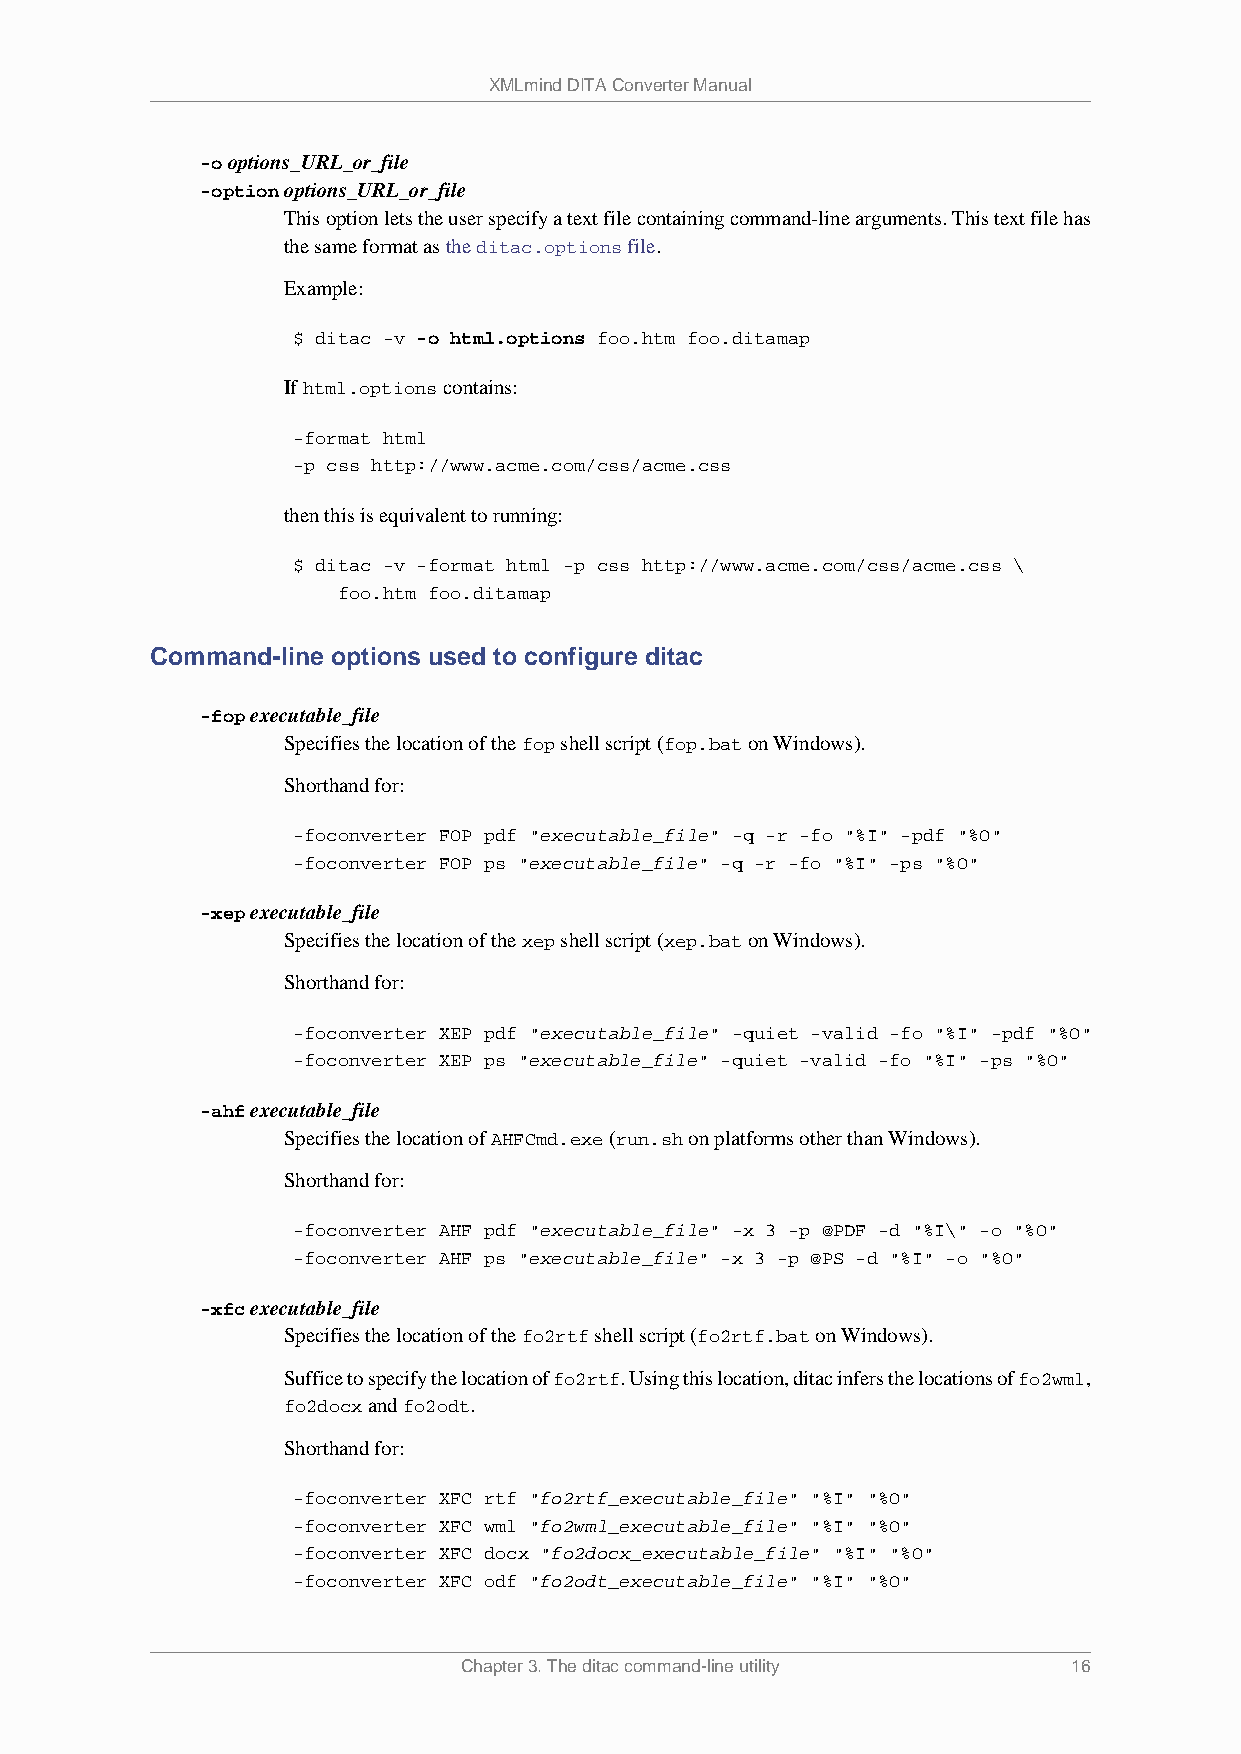
XMLmind DITA Converter Manual
 -o options_URL_or_file
 -option options_URL_or_file
 This option lets the user specify a text file containing command-line arguments. This text file has
 the same format as the ditac.options file.
 Example:
 $ ditac -v -o html.options foo.htm foo.ditamap
 If html.options contains:
 -format html
 -p css http://www.acme.com/css/acme.css
 then this is equivalent to running:
 $ ditac -v -format html -p css http://www.acme.com/css/acme.css \
 foo.htm foo.ditamap
 Command-line options used to configure ditac
 -fop executable_file
 Specifies the location of the fop shell script (fop.bat on Windows).
 Shorthand for:
 -foconverter FOP pdf "executable_file" -q -r -fo "%I" -pdf "%O"
 -foconverter FOP ps "executable_file" -q -r -fo "%I" -ps "%O"
 -xep executable_file
 Specifies the location of the xep shell script (xep.bat on Windows).
 Shorthand for:
 -foconverter XEP pdf "executable_file" -quiet -valid -fo "%I" -pdf "%O"
 -foconverter XEP ps "executable_file" -quiet -valid -fo "%I" -ps "%O"
 -ahf executable_file
 Specifies the location of AHFCmd.exe (run.sh on platforms other than Windows).
 Shorthand for:
 -foconverter AHF pdf "executable_file" -x 3 -p @PDF -d "%I\" -o "%O"
 -foconverter AHF ps "executable_file" -x 3 -p @PS -d "%I" -o "%O"
 -xfc executable_file
 Specifies the location of the fo2rtf shell script (fo2rtf.bat on Windows).
 Suffice to specify the location of fo2rtf. Using this location, ditac infers the locations of fo2wml,
 fo2docx and fo2odt.
 Shorthand for:
 -foconverter XFC rtf "fo2rtf_executable_file" "%I" "%O"
 -foconverter XFC wml "fo2wml_executable_file" "%I" "%O"
 -foconverter XFC docx "fo2docx_executable_file" "%I" "%O"
 -foconverter XFC odf "fo2odt_executable_file" "%I" "%O"
 Chapter 3. The ditac command-line utility 16